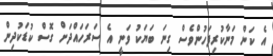
އެ ކަން މަނާކުރިފަހުންވެސް ގިނަ ބަޔަކު ވަނީ އެ ސަރަހައްދަށް ގޮސް ކުޑަކުދިން